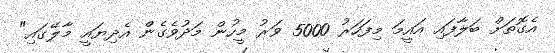
އެގޮތަށް ބަލާފައި އައީމަ މިފަހަރު 5000 ވަރު މީހުން މަދުވެގެން އެދިޔައީ މާލޭގައި"